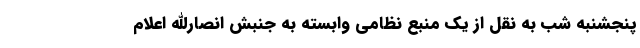
پنجشنبه شب به نقل از یک منبع نظامی وابسته به جنبش انصارالله اعلام